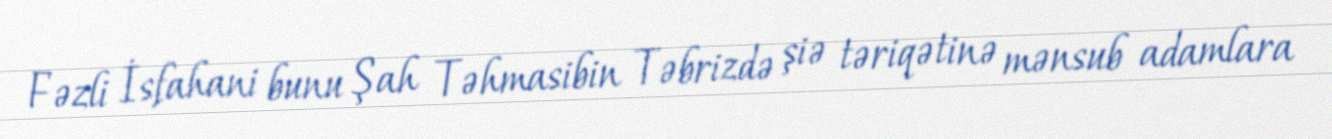
Fəzli İsfahani bunu Şah Təhmasibin Təbrizdə şiə təriqətinə mənsub adamlara